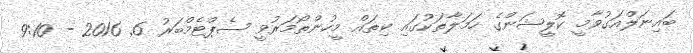
ބައިނަލްއަގުވާމީ ކޮލީޝަންގެ ހަމަލާތަކުގައި ކިތައް މީހުންތޯމަރުވީ ސެޕްޓެމްބަރު 6